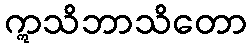
ဣသိဘာသိတော